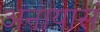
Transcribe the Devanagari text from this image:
अनायासं